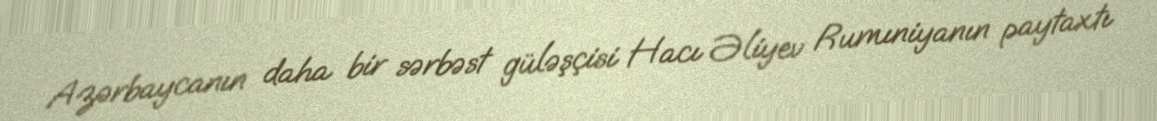
Azərbaycanın daha bir sərbəst güləşçisi Hacı Əliyev Rumıniyanın paytaxtı